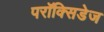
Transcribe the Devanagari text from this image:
परॉक्सिडेज